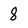
Character: 8